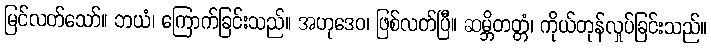
မြင်လတ်သော်။ ဘယံ၊ ကြောက်ခြင်းသည်။ အဟုဒေဝ၊ ဖြစ်လတ်ပြီ။ ဆမ္ဘိတတ္တံ၊ ကိုယ်တုန်လှုပ်ခြင်းသည်။